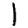
Digit: 1